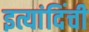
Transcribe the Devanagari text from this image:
इत्यांदिंची